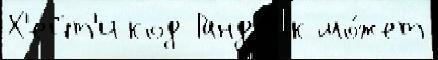
Х'ейт'и код Гандв'ик мо́жет